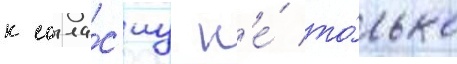
к согла́с'иу н'е́ то́лько